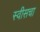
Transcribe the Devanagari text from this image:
स्वीसचा